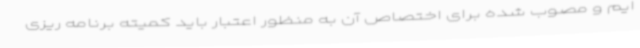
ایم و مصوب شده برای اختصاص آن به منظور اعتبار باید کمیته برنامه ریزی